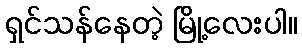
ရှင်သန်နေတဲ့ မြို့လေးပါ။